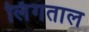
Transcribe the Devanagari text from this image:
लिंगताल